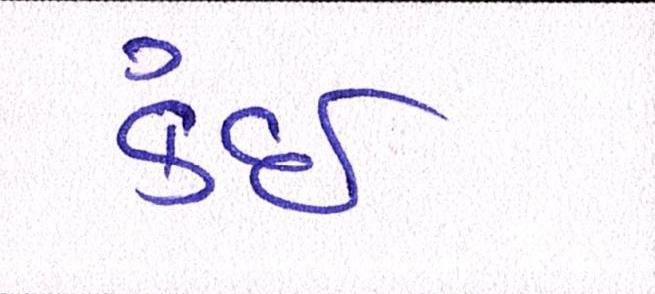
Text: કંઈ